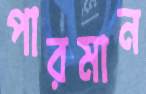
পারমান